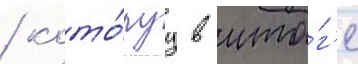
/ кото́руу в ито́г'е